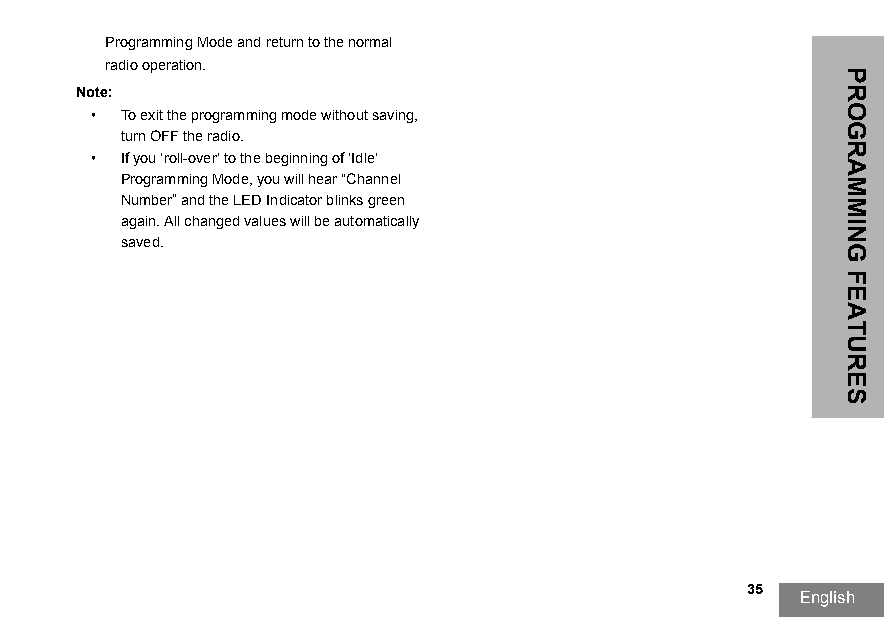
Programming Mode and return to the normal
 radio operation.
 Note:
 • To exit the programming mode without saving,
 turn OFF the radio.
 • If you ‘roll-over’ to the beginning of ‘Idle’
 Programming Mode, you will hear “Channel
 Number” and the LED Indicator blinks green
 again. All changed values will be automatically
 saved.
 35
 English
 PROGRAMMING
 FEATURES